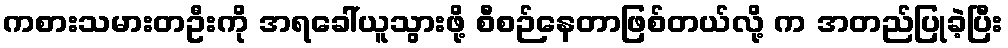
ကစားသမားတဦးကို အရခေါ်ယူသွားဖို့ စီစဉ်နေတာဖြစ်တယ်လို့ က အတည်ပြုခဲ့ပြီး